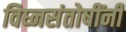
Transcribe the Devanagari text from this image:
विघ्नसंतोषींनी